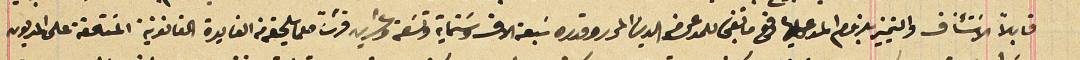
قابلاً لأستئناف والتمييز بلزوم المدعى عليها دفع ما تبقى للمدعى من الدين المحرر وقدره سَبعة الاف وسَتماية وتسَعة وعشرين قرشاً مع ما يلحقه من الفايدة القانونية المسَتحقة على المديون